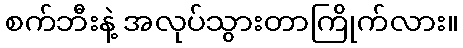
စက်ဘီးနဲ့ အလုပ်သွားတာကြိုက်လား။